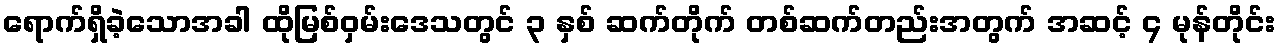
ရောက်ရှိခဲ့သောအခါ ထိုမြစ်ဝှမ်းဒေသတွင် ၃ နှစ် ဆက်တိုက် တစ်ဆက်တည်းအတွက် အဆင့် ၄ မုန်တိုင်း